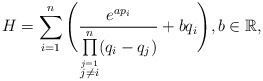
\begin{align*} H=\sum_{i=1}^n\Bigg(\frac{ e^{a p_i}}{\prod\limits_{\stackrel{j=1}{j\neq i}}^n (q_i-q_j)}+b q_i\Bigg),b\in \mathbb{R} ,\end{align*}